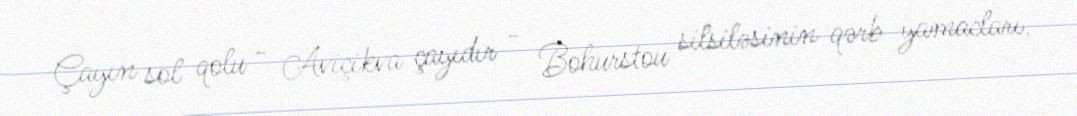
Çayın sol qolu - Aviçikva çayıdır - Bohurstou silsiləsinin qərb yamacları,